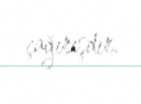
çağırışdır.